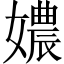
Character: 𡢿